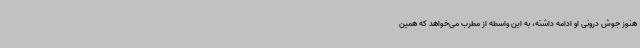
هنوز جوش درونی او ادامه داشته، به این واسطه از مطرب می‌خواهد که همین